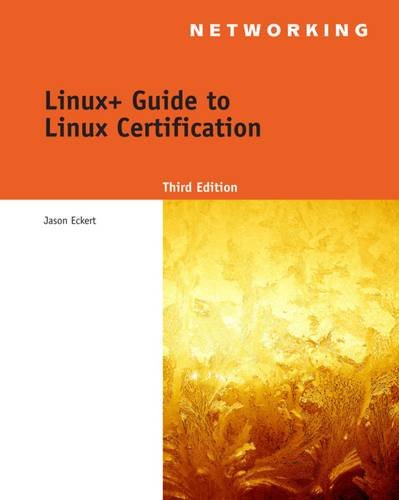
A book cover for LabConnection On DVD for Linux+ Guide to Linux Certification; Jason Eckert; Computers & Technology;